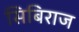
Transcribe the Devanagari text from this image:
सिबिराज